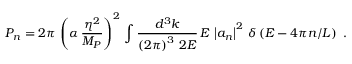
P _ { n } = 2 \pi \, \left( \alpha \, \frac { \eta ^ { 2 } } { M _ { P } } \right) ^ { 2 } \, \int \frac { d ^ { 3 } k } { \left( 2 \pi \right) ^ { 3 } \, 2 E } \, E \, \left| a _ { n } \right| ^ { 2 } \, \delta \left( E - 4 \pi n / L \right) \, \, .